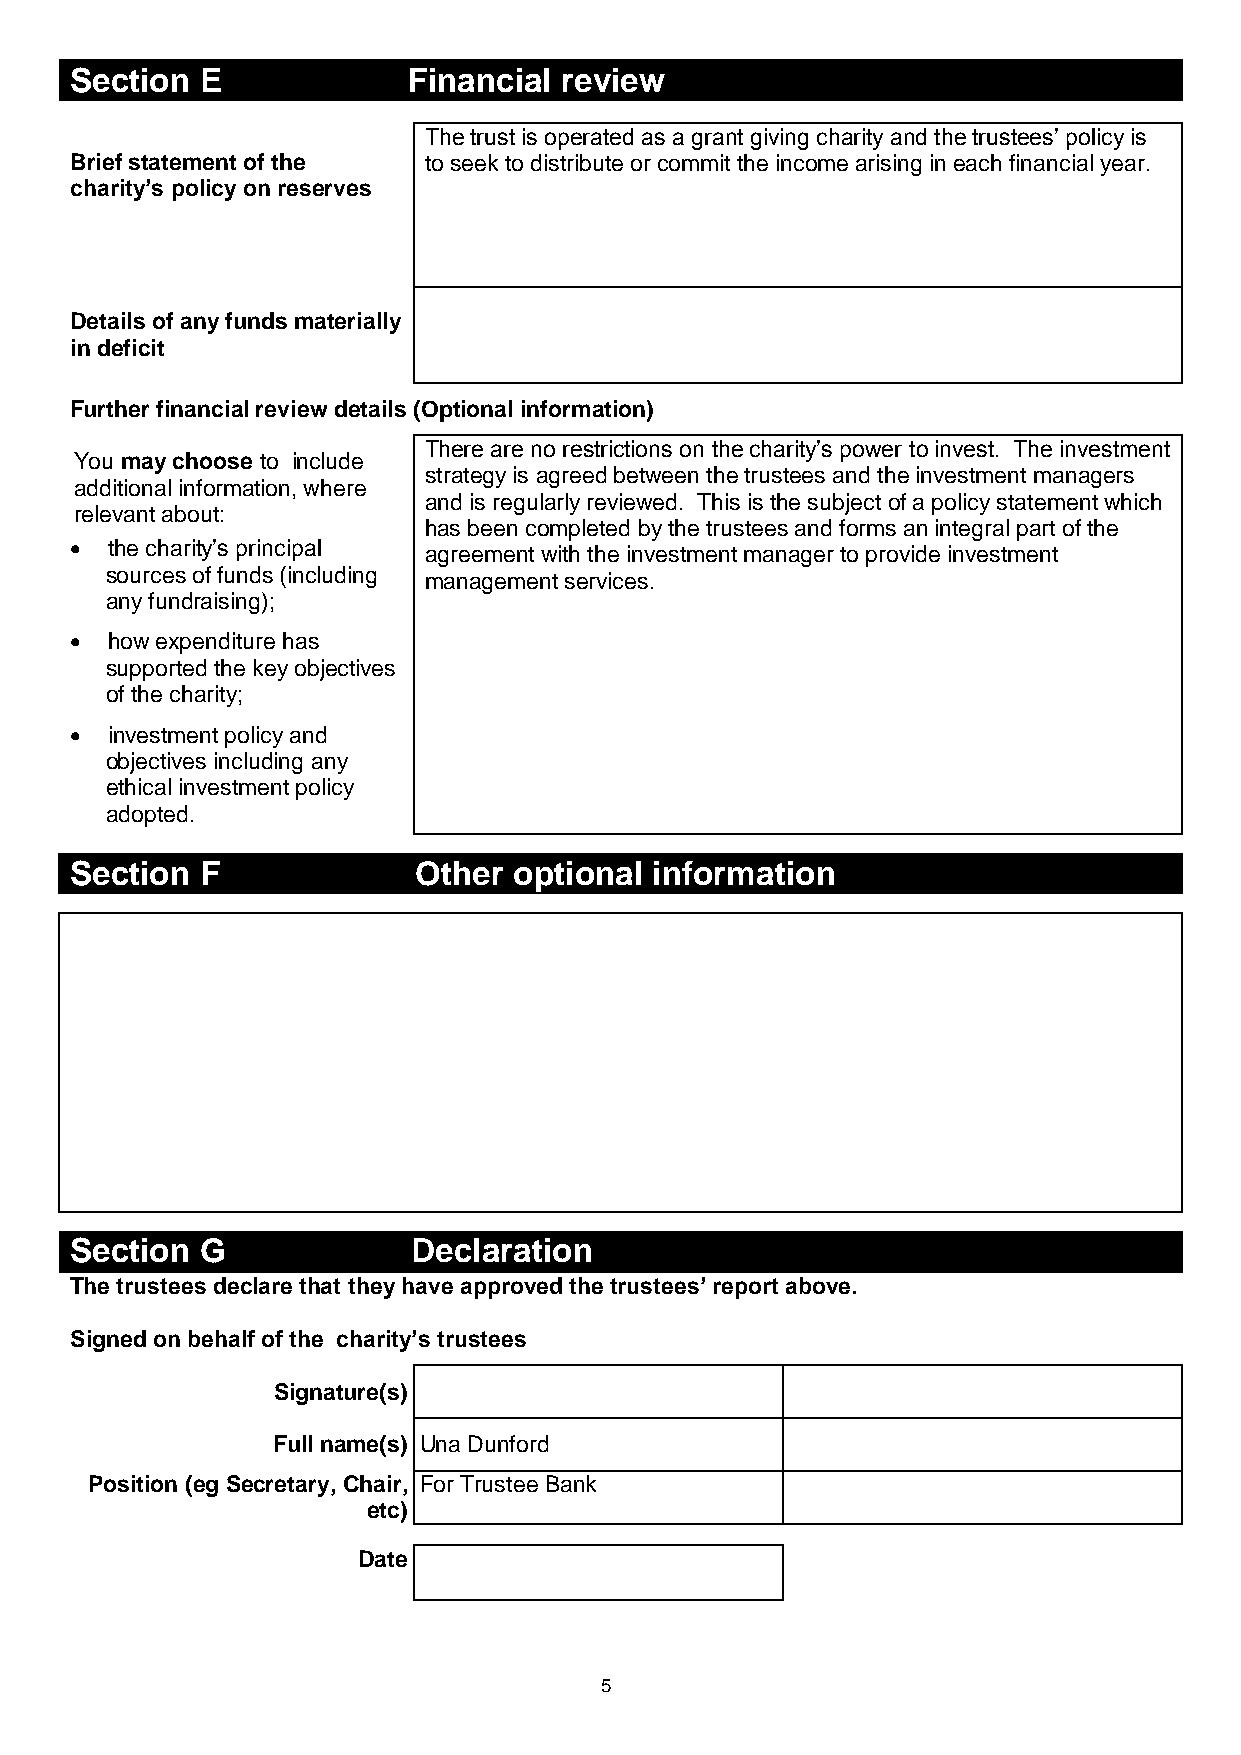
Section E             Financial review
 The trust is operated as a grant giving charity and the trustees’ policy is
 Brief statement of the to seek to distribute or commit the income arising in each financial year.
 charity’s policy on reserves
 Details of any funds materially
 in deficit
 Further financial review details (Optional information)
 There are no restrictions on the charity’s power to invest. The investment
 You may choose to include
 strategy is agreed between the trustees and the investment managers
 additional information, where
 and is regularly reviewed. This is the subject of a policy statement which
 relevant about:
 has been completed by the trustees and forms an integral part of the
  the charity’s principal agreement with the investment manager to provide investment
 sources of funds (including management services.
 any fundraising);
  how expenditure has
 supported the key objectives
 of the charity;
  investment policy and
 objectives including any
 ethical investment policy
 adopted.
 Section F             Other  optional information
 Section G             Declaration
 The trustees declare that they have approved the trustees’ report above.
 Signed on behalf of the charity’s trustees
 Signature(s)
 Full name(s) Una Dunford
 Position (eg Secretary, Chair, For Trustee Bank
 etc)
 Date
 5